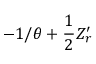
- 1 / \theta + { \frac { 1 } { 2 } } Z _ { r } ^ { \prime }